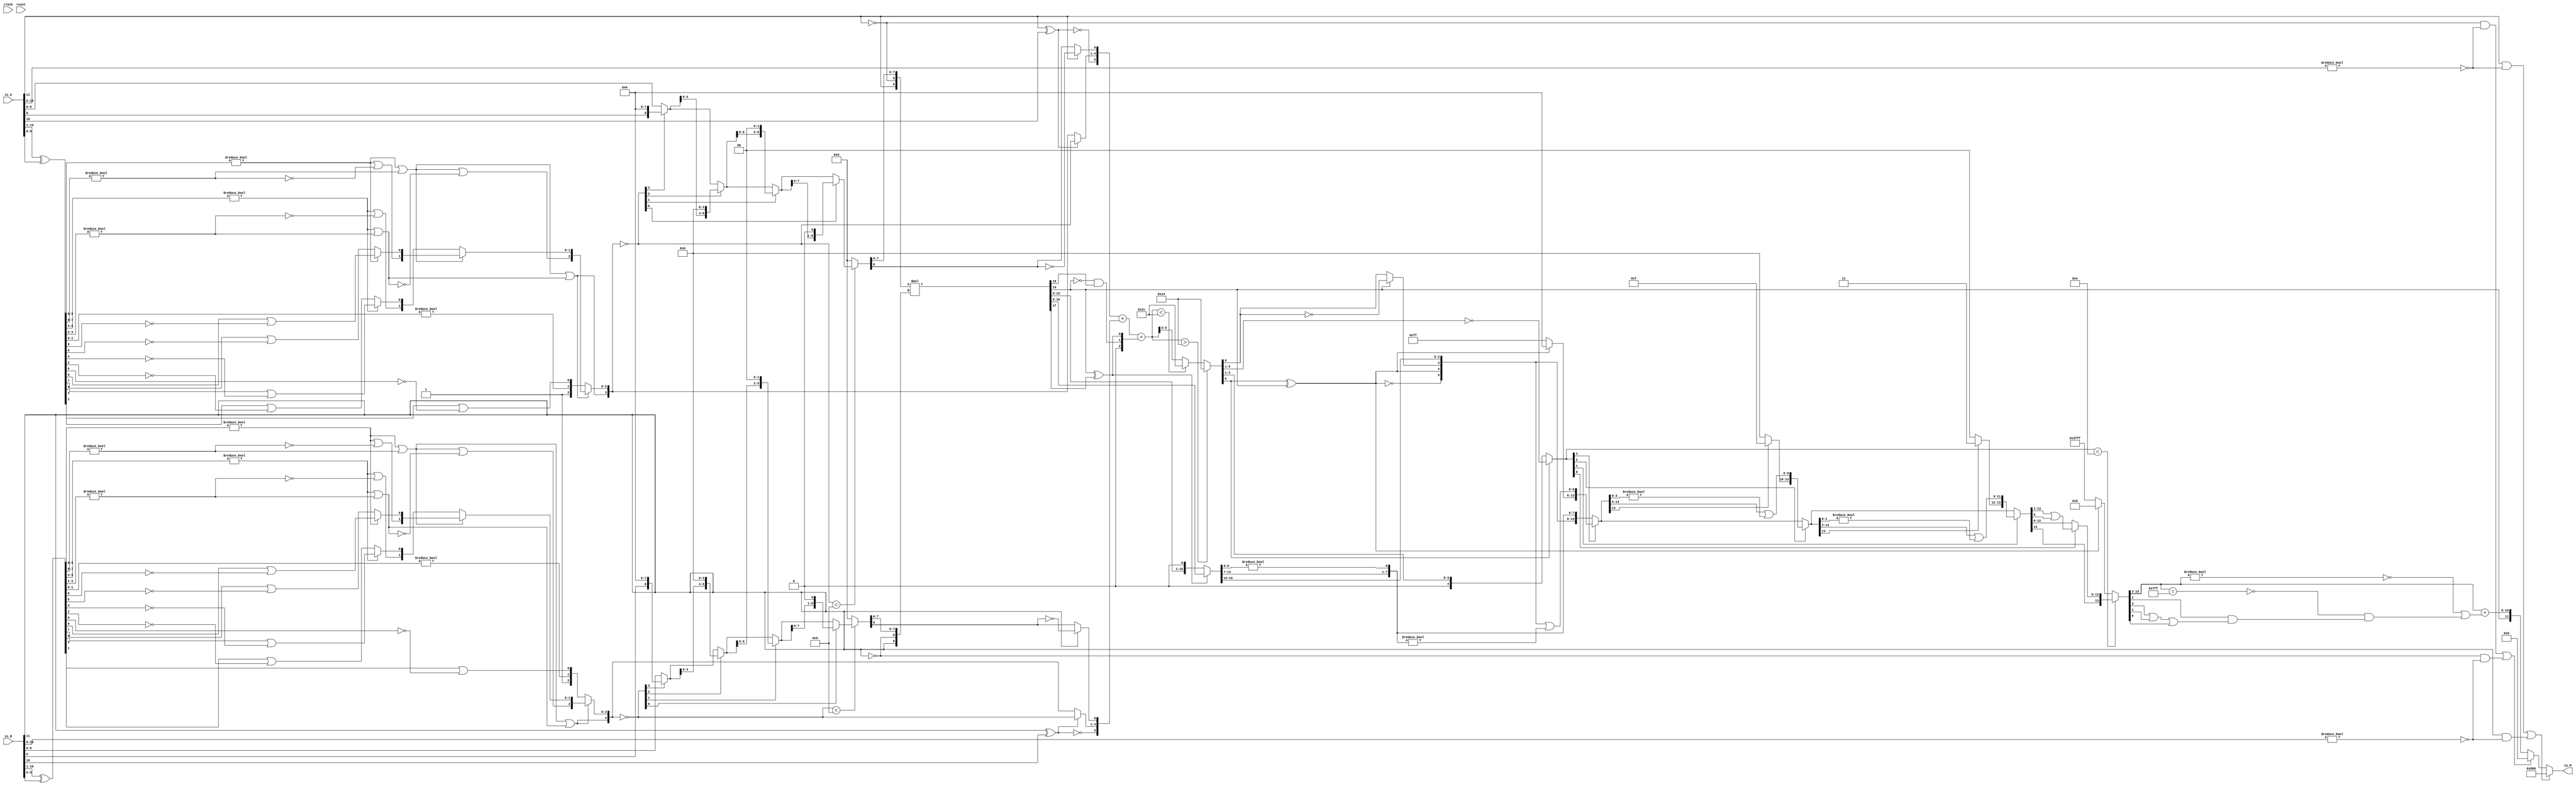
module PositMultiplier12_1(
  input         clock,
  input         reset,
  input  [11:0] io_A,
  input  [11:0] io_B,
  output [11:0] io_M
);
  wire  _T_1; // @[convert.scala 18:24]
  wire  _T_2; // @[convert.scala 18:40]
  wire  _T_3; // @[convert.scala 18:36]
  wire [9:0] _T_4; // @[convert.scala 19:24]
  wire [9:0] _T_5; // @[convert.scala 19:43]
  wire [9:0] _T_6; // @[convert.scala 19:39]
  wire [7:0] _T_7; // @[LZD.scala 43:32]
  wire [3:0] _T_8; // @[LZD.scala 43:32]
  wire [1:0] _T_9; // @[LZD.scala 43:32]
  wire  _T_10; // @[LZD.scala 39:14]
  wire  _T_11; // @[LZD.scala 39:21]
  wire  _T_12; // @[LZD.scala 39:30]
  wire  _T_13; // @[LZD.scala 39:27]
  wire  _T_14; // @[LZD.scala 39:25]
  wire [1:0] _T_15; // @[Cat.scala 29:58]
  wire [1:0] _T_16; // @[LZD.scala 44:32]
  wire  _T_17; // @[LZD.scala 39:14]
  wire  _T_18; // @[LZD.scala 39:21]
  wire  _T_19; // @[LZD.scala 39:30]
  wire  _T_20; // @[LZD.scala 39:27]
  wire  _T_21; // @[LZD.scala 39:25]
  wire [1:0] _T_22; // @[Cat.scala 29:58]
  wire  _T_23; // @[Shift.scala 12:21]
  wire  _T_24; // @[Shift.scala 12:21]
  wire  _T_25; // @[LZD.scala 49:16]
  wire  _T_26; // @[LZD.scala 49:27]
  wire  _T_27; // @[LZD.scala 49:25]
  wire  _T_28; // @[LZD.scala 49:47]
  wire  _T_29; // @[LZD.scala 49:59]
  wire  _T_30; // @[LZD.scala 49:35]
  wire [2:0] _T_32; // @[Cat.scala 29:58]
  wire [3:0] _T_33; // @[LZD.scala 44:32]
  wire [1:0] _T_34; // @[LZD.scala 43:32]
  wire  _T_35; // @[LZD.scala 39:14]
  wire  _T_36; // @[LZD.scala 39:21]
  wire  _T_37; // @[LZD.scala 39:30]
  wire  _T_38; // @[LZD.scala 39:27]
  wire  _T_39; // @[LZD.scala 39:25]
  wire [1:0] _T_40; // @[Cat.scala 29:58]
  wire [1:0] _T_41; // @[LZD.scala 44:32]
  wire  _T_42; // @[LZD.scala 39:14]
  wire  _T_43; // @[LZD.scala 39:21]
  wire  _T_44; // @[LZD.scala 39:30]
  wire  _T_45; // @[LZD.scala 39:27]
  wire  _T_46; // @[LZD.scala 39:25]
  wire [1:0] _T_47; // @[Cat.scala 29:58]
  wire  _T_48; // @[Shift.scala 12:21]
  wire  _T_49; // @[Shift.scala 12:21]
  wire  _T_50; // @[LZD.scala 49:16]
  wire  _T_51; // @[LZD.scala 49:27]
  wire  _T_52; // @[LZD.scala 49:25]
  wire  _T_53; // @[LZD.scala 49:47]
  wire  _T_54; // @[LZD.scala 49:59]
  wire  _T_55; // @[LZD.scala 49:35]
  wire [2:0] _T_57; // @[Cat.scala 29:58]
  wire  _T_58; // @[Shift.scala 12:21]
  wire  _T_59; // @[Shift.scala 12:21]
  wire  _T_60; // @[LZD.scala 49:16]
  wire  _T_61; // @[LZD.scala 49:27]
  wire  _T_62; // @[LZD.scala 49:25]
  wire [1:0] _T_63; // @[LZD.scala 49:47]
  wire [1:0] _T_64; // @[LZD.scala 49:59]
  wire [1:0] _T_65; // @[LZD.scala 49:35]
  wire [3:0] _T_67; // @[Cat.scala 29:58]
  wire [1:0] _T_68; // @[LZD.scala 44:32]
  wire  _T_69; // @[LZD.scala 39:14]
  wire  _T_70; // @[LZD.scala 39:21]
  wire  _T_71; // @[LZD.scala 39:30]
  wire  _T_72; // @[LZD.scala 39:27]
  wire  _T_73; // @[LZD.scala 39:25]
  wire  _T_75; // @[Shift.scala 12:21]
  wire [2:0] _T_77; // @[Cat.scala 29:58]
  wire [2:0] _T_78; // @[LZD.scala 55:32]
  wire [2:0] _T_79; // @[LZD.scala 55:20]
  wire [3:0] _T_80; // @[Cat.scala 29:58]
  wire [3:0] _T_81; // @[convert.scala 21:22]
  wire [8:0] _T_82; // @[convert.scala 22:36]
  wire  _T_83; // @[Shift.scala 16:24]
  wire  _T_85; // @[Shift.scala 12:21]
  wire  _T_86; // @[Shift.scala 64:52]
  wire [8:0] _T_88; // @[Cat.scala 29:58]
  wire [8:0] _T_89; // @[Shift.scala 64:27]
  wire [2:0] _T_90; // @[Shift.scala 66:70]
  wire  _T_91; // @[Shift.scala 12:21]
  wire [4:0] _T_92; // @[Shift.scala 64:52]
  wire [8:0] _T_94; // @[Cat.scala 29:58]
  wire [8:0] _T_95; // @[Shift.scala 64:27]
  wire [1:0] _T_96; // @[Shift.scala 66:70]
  wire  _T_97; // @[Shift.scala 12:21]
  wire [6:0] _T_98; // @[Shift.scala 64:52]
  wire [8:0] _T_100; // @[Cat.scala 29:58]
  wire [8:0] _T_101; // @[Shift.scala 64:27]
  wire  _T_102; // @[Shift.scala 66:70]
  wire [7:0] _T_104; // @[Shift.scala 64:52]
  wire [8:0] _T_105; // @[Cat.scala 29:58]
  wire [8:0] _T_106; // @[Shift.scala 64:27]
  wire [8:0] _T_107; // @[Shift.scala 16:10]
  wire  _T_108; // @[convert.scala 23:34]
  wire [7:0] decA_fraction; // @[convert.scala 24:34]
  wire  _T_110; // @[convert.scala 25:26]
  wire [3:0] _T_112; // @[convert.scala 25:42]
  wire  _T_115; // @[convert.scala 26:67]
  wire  _T_116; // @[convert.scala 26:51]
  wire [5:0] _T_117; // @[Cat.scala 29:58]
  wire [10:0] _T_119; // @[convert.scala 29:56]
  wire  _T_120; // @[convert.scala 29:60]
  wire  _T_121; // @[convert.scala 29:41]
  wire  decA_isNaR; // @[convert.scala 29:39]
  wire  _T_124; // @[convert.scala 30:19]
  wire  decA_isZero; // @[convert.scala 30:41]
  wire [5:0] decA_scale; // @[convert.scala 32:24]
  wire  _T_133; // @[convert.scala 18:24]
  wire  _T_134; // @[convert.scala 18:40]
  wire  _T_135; // @[convert.scala 18:36]
  wire [9:0] _T_136; // @[convert.scala 19:24]
  wire [9:0] _T_137; // @[convert.scala 19:43]
  wire [9:0] _T_138; // @[convert.scala 19:39]
  wire [7:0] _T_139; // @[LZD.scala 43:32]
  wire [3:0] _T_140; // @[LZD.scala 43:32]
  wire [1:0] _T_141; // @[LZD.scala 43:32]
  wire  _T_142; // @[LZD.scala 39:14]
  wire  _T_143; // @[LZD.scala 39:21]
  wire  _T_144; // @[LZD.scala 39:30]
  wire  _T_145; // @[LZD.scala 39:27]
  wire  _T_146; // @[LZD.scala 39:25]
  wire [1:0] _T_147; // @[Cat.scala 29:58]
  wire [1:0] _T_148; // @[LZD.scala 44:32]
  wire  _T_149; // @[LZD.scala 39:14]
  wire  _T_150; // @[LZD.scala 39:21]
  wire  _T_151; // @[LZD.scala 39:30]
  wire  _T_152; // @[LZD.scala 39:27]
  wire  _T_153; // @[LZD.scala 39:25]
  wire [1:0] _T_154; // @[Cat.scala 29:58]
  wire  _T_155; // @[Shift.scala 12:21]
  wire  _T_156; // @[Shift.scala 12:21]
  wire  _T_157; // @[LZD.scala 49:16]
  wire  _T_158; // @[LZD.scala 49:27]
  wire  _T_159; // @[LZD.scala 49:25]
  wire  _T_160; // @[LZD.scala 49:47]
  wire  _T_161; // @[LZD.scala 49:59]
  wire  _T_162; // @[LZD.scala 49:35]
  wire [2:0] _T_164; // @[Cat.scala 29:58]
  wire [3:0] _T_165; // @[LZD.scala 44:32]
  wire [1:0] _T_166; // @[LZD.scala 43:32]
  wire  _T_167; // @[LZD.scala 39:14]
  wire  _T_168; // @[LZD.scala 39:21]
  wire  _T_169; // @[LZD.scala 39:30]
  wire  _T_170; // @[LZD.scala 39:27]
  wire  _T_171; // @[LZD.scala 39:25]
  wire [1:0] _T_172; // @[Cat.scala 29:58]
  wire [1:0] _T_173; // @[LZD.scala 44:32]
  wire  _T_174; // @[LZD.scala 39:14]
  wire  _T_175; // @[LZD.scala 39:21]
  wire  _T_176; // @[LZD.scala 39:30]
  wire  _T_177; // @[LZD.scala 39:27]
  wire  _T_178; // @[LZD.scala 39:25]
  wire [1:0] _T_179; // @[Cat.scala 29:58]
  wire  _T_180; // @[Shift.scala 12:21]
  wire  _T_181; // @[Shift.scala 12:21]
  wire  _T_182; // @[LZD.scala 49:16]
  wire  _T_183; // @[LZD.scala 49:27]
  wire  _T_184; // @[LZD.scala 49:25]
  wire  _T_185; // @[LZD.scala 49:47]
  wire  _T_186; // @[LZD.scala 49:59]
  wire  _T_187; // @[LZD.scala 49:35]
  wire [2:0] _T_189; // @[Cat.scala 29:58]
  wire  _T_190; // @[Shift.scala 12:21]
  wire  _T_191; // @[Shift.scala 12:21]
  wire  _T_192; // @[LZD.scala 49:16]
  wire  _T_193; // @[LZD.scala 49:27]
  wire  _T_194; // @[LZD.scala 49:25]
  wire [1:0] _T_195; // @[LZD.scala 49:47]
  wire [1:0] _T_196; // @[LZD.scala 49:59]
  wire [1:0] _T_197; // @[LZD.scala 49:35]
  wire [3:0] _T_199; // @[Cat.scala 29:58]
  wire [1:0] _T_200; // @[LZD.scala 44:32]
  wire  _T_201; // @[LZD.scala 39:14]
  wire  _T_202; // @[LZD.scala 39:21]
  wire  _T_203; // @[LZD.scala 39:30]
  wire  _T_204; // @[LZD.scala 39:27]
  wire  _T_205; // @[LZD.scala 39:25]
  wire  _T_207; // @[Shift.scala 12:21]
  wire [2:0] _T_209; // @[Cat.scala 29:58]
  wire [2:0] _T_210; // @[LZD.scala 55:32]
  wire [2:0] _T_211; // @[LZD.scala 55:20]
  wire [3:0] _T_212; // @[Cat.scala 29:58]
  wire [3:0] _T_213; // @[convert.scala 21:22]
  wire [8:0] _T_214; // @[convert.scala 22:36]
  wire  _T_215; // @[Shift.scala 16:24]
  wire  _T_217; // @[Shift.scala 12:21]
  wire  _T_218; // @[Shift.scala 64:52]
  wire [8:0] _T_220; // @[Cat.scala 29:58]
  wire [8:0] _T_221; // @[Shift.scala 64:27]
  wire [2:0] _T_222; // @[Shift.scala 66:70]
  wire  _T_223; // @[Shift.scala 12:21]
  wire [4:0] _T_224; // @[Shift.scala 64:52]
  wire [8:0] _T_226; // @[Cat.scala 29:58]
  wire [8:0] _T_227; // @[Shift.scala 64:27]
  wire [1:0] _T_228; // @[Shift.scala 66:70]
  wire  _T_229; // @[Shift.scala 12:21]
  wire [6:0] _T_230; // @[Shift.scala 64:52]
  wire [8:0] _T_232; // @[Cat.scala 29:58]
  wire [8:0] _T_233; // @[Shift.scala 64:27]
  wire  _T_234; // @[Shift.scala 66:70]
  wire [7:0] _T_236; // @[Shift.scala 64:52]
  wire [8:0] _T_237; // @[Cat.scala 29:58]
  wire [8:0] _T_238; // @[Shift.scala 64:27]
  wire [8:0] _T_239; // @[Shift.scala 16:10]
  wire  _T_240; // @[convert.scala 23:34]
  wire [7:0] decB_fraction; // @[convert.scala 24:34]
  wire  _T_242; // @[convert.scala 25:26]
  wire [3:0] _T_244; // @[convert.scala 25:42]
  wire  _T_247; // @[convert.scala 26:67]
  wire  _T_248; // @[convert.scala 26:51]
  wire [5:0] _T_249; // @[Cat.scala 29:58]
  wire [10:0] _T_251; // @[convert.scala 29:56]
  wire  _T_252; // @[convert.scala 29:60]
  wire  _T_253; // @[convert.scala 29:41]
  wire  decB_isNaR; // @[convert.scala 29:39]
  wire  _T_256; // @[convert.scala 30:19]
  wire  decB_isZero; // @[convert.scala 30:41]
  wire [5:0] decB_scale; // @[convert.scala 32:24]
  wire  _T_264; // @[PositMultiplier.scala 43:34]
  wire [9:0] _T_266; // @[Cat.scala 29:58]
  wire [9:0] sigA; // @[PositMultiplier.scala 43:61]
  wire  _T_267; // @[PositMultiplier.scala 44:34]
  wire [9:0] _T_269; // @[Cat.scala 29:58]
  wire [9:0] sigB; // @[PositMultiplier.scala 44:61]
  wire [19:0] _T_270; // @[PositMultiplier.scala 45:25]
  wire [19:0] sigP; // @[PositMultiplier.scala 45:33]
  wire [1:0] head2; // @[PositMultiplier.scala 46:28]
  wire  _T_271; // @[PositMultiplier.scala 47:31]
  wire  _T_272; // @[PositMultiplier.scala 47:25]
  wire  _T_273; // @[PositMultiplier.scala 47:42]
  wire  addTwo; // @[PositMultiplier.scala 47:35]
  wire  _T_274; // @[PositMultiplier.scala 49:23]
  wire  _T_275; // @[PositMultiplier.scala 49:49]
  wire  addOne; // @[PositMultiplier.scala 49:43]
  wire [1:0] _T_276; // @[Cat.scala 29:58]
  wire [2:0] expBias; // @[PositMultiplier.scala 50:39]
  wire [16:0] _T_277; // @[PositMultiplier.scala 53:81]
  wire [15:0] _T_278; // @[PositMultiplier.scala 54:81]
  wire [16:0] _T_279; // @[PositMultiplier.scala 54:104]
  wire [16:0] frac; // @[PositMultiplier.scala 51:22]
  wire [6:0] _T_280; // @[PositMultiplier.scala 56:30]
  wire [6:0] _GEN_0; // @[PositMultiplier.scala 56:44]
  wire [6:0] _T_282; // @[PositMultiplier.scala 56:44]
  wire [6:0] mulScale; // @[PositMultiplier.scala 56:44]
  wire  underflow; // @[PositMultiplier.scala 57:28]
  wire  overflow; // @[PositMultiplier.scala 58:28]
  wire  decM_sign; // @[PositMultiplier.scala 62:29]
  wire [6:0] _T_285; // @[Mux.scala 87:16]
  wire [6:0] _T_286; // @[Mux.scala 87:16]
  wire [7:0] decM_fraction; // @[PositMultiplier.scala 70:29]
  wire  decM_isNaR; // @[PositMultiplier.scala 71:31]
  wire  decM_isZero; // @[PositMultiplier.scala 72:32]
  wire [8:0] grsTmp; // @[PositMultiplier.scala 75:30]
  wire [1:0] _T_290; // @[PositMultiplier.scala 78:32]
  wire [6:0] _T_291; // @[PositMultiplier.scala 78:48]
  wire  _T_292; // @[PositMultiplier.scala 78:52]
  wire [5:0] _GEN_1; // @[PositMultiplier.scala 60:23 PositMultiplier.scala 63:17]
  wire [5:0] decM_scale; // @[PositMultiplier.scala 60:23 PositMultiplier.scala 63:17]
  wire  _T_295; // @[convert.scala 46:61]
  wire  _T_296; // @[convert.scala 46:52]
  wire  _T_298; // @[convert.scala 46:42]
  wire [4:0] _T_299; // @[convert.scala 48:34]
  wire  _T_300; // @[convert.scala 49:36]
  wire [4:0] _T_302; // @[convert.scala 50:36]
  wire [4:0] _T_303; // @[convert.scala 50:36]
  wire [4:0] _T_304; // @[convert.scala 50:28]
  wire  _T_305; // @[convert.scala 51:31]
  wire  _T_306; // @[convert.scala 52:43]
  wire [13:0] _T_310; // @[Cat.scala 29:58]
  wire [4:0] _T_311; // @[Shift.scala 39:17]
  wire  _T_312; // @[Shift.scala 39:24]
  wire [3:0] _T_313; // @[Shift.scala 40:44]
  wire [5:0] _T_314; // @[Shift.scala 90:30]
  wire [7:0] _T_315; // @[Shift.scala 90:48]
  wire  _T_316; // @[Shift.scala 90:57]
  wire [5:0] _GEN_2; // @[Shift.scala 90:39]
  wire [5:0] _T_317; // @[Shift.scala 90:39]
  wire  _T_318; // @[Shift.scala 12:21]
  wire  _T_319; // @[Shift.scala 12:21]
  wire [7:0] _T_321; // @[Bitwise.scala 71:12]
  wire [13:0] _T_322; // @[Cat.scala 29:58]
  wire [13:0] _T_323; // @[Shift.scala 91:22]
  wire [2:0] _T_324; // @[Shift.scala 92:77]
  wire [9:0] _T_325; // @[Shift.scala 90:30]
  wire [3:0] _T_326; // @[Shift.scala 90:48]
  wire  _T_327; // @[Shift.scala 90:57]
  wire [9:0] _GEN_3; // @[Shift.scala 90:39]
  wire [9:0] _T_328; // @[Shift.scala 90:39]
  wire  _T_329; // @[Shift.scala 12:21]
  wire  _T_330; // @[Shift.scala 12:21]
  wire [3:0] _T_332; // @[Bitwise.scala 71:12]
  wire [13:0] _T_333; // @[Cat.scala 29:58]
  wire [13:0] _T_334; // @[Shift.scala 91:22]
  wire [1:0] _T_335; // @[Shift.scala 92:77]
  wire [11:0] _T_336; // @[Shift.scala 90:30]
  wire [1:0] _T_337; // @[Shift.scala 90:48]
  wire  _T_338; // @[Shift.scala 90:57]
  wire [11:0] _GEN_4; // @[Shift.scala 90:39]
  wire [11:0] _T_339; // @[Shift.scala 90:39]
  wire  _T_340; // @[Shift.scala 12:21]
  wire  _T_341; // @[Shift.scala 12:21]
  wire [1:0] _T_343; // @[Bitwise.scala 71:12]
  wire [13:0] _T_344; // @[Cat.scala 29:58]
  wire [13:0] _T_345; // @[Shift.scala 91:22]
  wire  _T_346; // @[Shift.scala 92:77]
  wire [12:0] _T_347; // @[Shift.scala 90:30]
  wire  _T_348; // @[Shift.scala 90:48]
  wire [12:0] _GEN_5; // @[Shift.scala 90:39]
  wire [12:0] _T_350; // @[Shift.scala 90:39]
  wire  _T_352; // @[Shift.scala 12:21]
  wire [13:0] _T_353; // @[Cat.scala 29:58]
  wire [13:0] _T_354; // @[Shift.scala 91:22]
  wire [13:0] _T_357; // @[Bitwise.scala 71:12]
  wire [13:0] _T_358; // @[Shift.scala 39:10]
  wire  _T_359; // @[convert.scala 55:31]
  wire  _T_360; // @[convert.scala 56:31]
  wire  _T_361; // @[convert.scala 57:31]
  wire  _T_362; // @[convert.scala 58:31]
  wire [10:0] _T_363; // @[convert.scala 59:69]
  wire  _T_364; // @[convert.scala 59:81]
  wire  _T_365; // @[convert.scala 59:50]
  wire  _T_367; // @[convert.scala 60:81]
  wire  _T_368; // @[convert.scala 61:44]
  wire  _T_369; // @[convert.scala 61:52]
  wire  _T_370; // @[convert.scala 61:36]
  wire  _T_371; // @[convert.scala 62:63]
  wire  _T_372; // @[convert.scala 62:103]
  wire  _T_373; // @[convert.scala 62:60]
  wire [10:0] _GEN_6; // @[convert.scala 63:56]
  wire [10:0] _T_376; // @[convert.scala 63:56]
  wire [11:0] _T_377; // @[Cat.scala 29:58]
  wire [11:0] _T_379; // @[Mux.scala 87:16]
  assign _T_1 = io_A[11]; // @[convert.scala 18:24]
  assign _T_2 = io_A[10]; // @[convert.scala 18:40]
  assign _T_3 = _T_1 ^ _T_2; // @[convert.scala 18:36]
  assign _T_4 = io_A[10:1]; // @[convert.scala 19:24]
  assign _T_5 = io_A[9:0]; // @[convert.scala 19:43]
  assign _T_6 = _T_4 ^ _T_5; // @[convert.scala 19:39]
  assign _T_7 = _T_6[9:2]; // @[LZD.scala 43:32]
  assign _T_8 = _T_7[7:4]; // @[LZD.scala 43:32]
  assign _T_9 = _T_8[3:2]; // @[LZD.scala 43:32]
  assign _T_10 = _T_9 != 2'h0; // @[LZD.scala 39:14]
  assign _T_11 = _T_9[1]; // @[LZD.scala 39:21]
  assign _T_12 = _T_9[0]; // @[LZD.scala 39:30]
  assign _T_13 = ~ _T_12; // @[LZD.scala 39:27]
  assign _T_14 = _T_11 | _T_13; // @[LZD.scala 39:25]
  assign _T_15 = {_T_10,_T_14}; // @[Cat.scala 29:58]
  assign _T_16 = _T_8[1:0]; // @[LZD.scala 44:32]
  assign _T_17 = _T_16 != 2'h0; // @[LZD.scala 39:14]
  assign _T_18 = _T_16[1]; // @[LZD.scala 39:21]
  assign _T_19 = _T_16[0]; // @[LZD.scala 39:30]
  assign _T_20 = ~ _T_19; // @[LZD.scala 39:27]
  assign _T_21 = _T_18 | _T_20; // @[LZD.scala 39:25]
  assign _T_22 = {_T_17,_T_21}; // @[Cat.scala 29:58]
  assign _T_23 = _T_15[1]; // @[Shift.scala 12:21]
  assign _T_24 = _T_22[1]; // @[Shift.scala 12:21]
  assign _T_25 = _T_23 | _T_24; // @[LZD.scala 49:16]
  assign _T_26 = ~ _T_24; // @[LZD.scala 49:27]
  assign _T_27 = _T_23 | _T_26; // @[LZD.scala 49:25]
  assign _T_28 = _T_15[0:0]; // @[LZD.scala 49:47]
  assign _T_29 = _T_22[0:0]; // @[LZD.scala 49:59]
  assign _T_30 = _T_23 ? _T_28 : _T_29; // @[LZD.scala 49:35]
  assign _T_32 = {_T_25,_T_27,_T_30}; // @[Cat.scala 29:58]
  assign _T_33 = _T_7[3:0]; // @[LZD.scala 44:32]
  assign _T_34 = _T_33[3:2]; // @[LZD.scala 43:32]
  assign _T_35 = _T_34 != 2'h0; // @[LZD.scala 39:14]
  assign _T_36 = _T_34[1]; // @[LZD.scala 39:21]
  assign _T_37 = _T_34[0]; // @[LZD.scala 39:30]
  assign _T_38 = ~ _T_37; // @[LZD.scala 39:27]
  assign _T_39 = _T_36 | _T_38; // @[LZD.scala 39:25]
  assign _T_40 = {_T_35,_T_39}; // @[Cat.scala 29:58]
  assign _T_41 = _T_33[1:0]; // @[LZD.scala 44:32]
  assign _T_42 = _T_41 != 2'h0; // @[LZD.scala 39:14]
  assign _T_43 = _T_41[1]; // @[LZD.scala 39:21]
  assign _T_44 = _T_41[0]; // @[LZD.scala 39:30]
  assign _T_45 = ~ _T_44; // @[LZD.scala 39:27]
  assign _T_46 = _T_43 | _T_45; // @[LZD.scala 39:25]
  assign _T_47 = {_T_42,_T_46}; // @[Cat.scala 29:58]
  assign _T_48 = _T_40[1]; // @[Shift.scala 12:21]
  assign _T_49 = _T_47[1]; // @[Shift.scala 12:21]
  assign _T_50 = _T_48 | _T_49; // @[LZD.scala 49:16]
  assign _T_51 = ~ _T_49; // @[LZD.scala 49:27]
  assign _T_52 = _T_48 | _T_51; // @[LZD.scala 49:25]
  assign _T_53 = _T_40[0:0]; // @[LZD.scala 49:47]
  assign _T_54 = _T_47[0:0]; // @[LZD.scala 49:59]
  assign _T_55 = _T_48 ? _T_53 : _T_54; // @[LZD.scala 49:35]
  assign _T_57 = {_T_50,_T_52,_T_55}; // @[Cat.scala 29:58]
  assign _T_58 = _T_32[2]; // @[Shift.scala 12:21]
  assign _T_59 = _T_57[2]; // @[Shift.scala 12:21]
  assign _T_60 = _T_58 | _T_59; // @[LZD.scala 49:16]
  assign _T_61 = ~ _T_59; // @[LZD.scala 49:27]
  assign _T_62 = _T_58 | _T_61; // @[LZD.scala 49:25]
  assign _T_63 = _T_32[1:0]; // @[LZD.scala 49:47]
  assign _T_64 = _T_57[1:0]; // @[LZD.scala 49:59]
  assign _T_65 = _T_58 ? _T_63 : _T_64; // @[LZD.scala 49:35]
  assign _T_67 = {_T_60,_T_62,_T_65}; // @[Cat.scala 29:58]
  assign _T_68 = _T_6[1:0]; // @[LZD.scala 44:32]
  assign _T_69 = _T_68 != 2'h0; // @[LZD.scala 39:14]
  assign _T_70 = _T_68[1]; // @[LZD.scala 39:21]
  assign _T_71 = _T_68[0]; // @[LZD.scala 39:30]
  assign _T_72 = ~ _T_71; // @[LZD.scala 39:27]
  assign _T_73 = _T_70 | _T_72; // @[LZD.scala 39:25]
  assign _T_75 = _T_67[3]; // @[Shift.scala 12:21]
  assign _T_77 = {1'h1,_T_69,_T_73}; // @[Cat.scala 29:58]
  assign _T_78 = _T_67[2:0]; // @[LZD.scala 55:32]
  assign _T_79 = _T_75 ? _T_78 : _T_77; // @[LZD.scala 55:20]
  assign _T_80 = {_T_75,_T_79}; // @[Cat.scala 29:58]
  assign _T_81 = ~ _T_80; // @[convert.scala 21:22]
  assign _T_82 = io_A[8:0]; // @[convert.scala 22:36]
  assign _T_83 = _T_81 < 4'h9; // @[Shift.scala 16:24]
  assign _T_85 = _T_81[3]; // @[Shift.scala 12:21]
  assign _T_86 = _T_82[0:0]; // @[Shift.scala 64:52]
  assign _T_88 = {_T_86,8'h0}; // @[Cat.scala 29:58]
  assign _T_89 = _T_85 ? _T_88 : _T_82; // @[Shift.scala 64:27]
  assign _T_90 = _T_81[2:0]; // @[Shift.scala 66:70]
  assign _T_91 = _T_90[2]; // @[Shift.scala 12:21]
  assign _T_92 = _T_89[4:0]; // @[Shift.scala 64:52]
  assign _T_94 = {_T_92,4'h0}; // @[Cat.scala 29:58]
  assign _T_95 = _T_91 ? _T_94 : _T_89; // @[Shift.scala 64:27]
  assign _T_96 = _T_90[1:0]; // @[Shift.scala 66:70]
  assign _T_97 = _T_96[1]; // @[Shift.scala 12:21]
  assign _T_98 = _T_95[6:0]; // @[Shift.scala 64:52]
  assign _T_100 = {_T_98,2'h0}; // @[Cat.scala 29:58]
  assign _T_101 = _T_97 ? _T_100 : _T_95; // @[Shift.scala 64:27]
  assign _T_102 = _T_96[0:0]; // @[Shift.scala 66:70]
  assign _T_104 = _T_101[7:0]; // @[Shift.scala 64:52]
  assign _T_105 = {_T_104,1'h0}; // @[Cat.scala 29:58]
  assign _T_106 = _T_102 ? _T_105 : _T_101; // @[Shift.scala 64:27]
  assign _T_107 = _T_83 ? _T_106 : 9'h0; // @[Shift.scala 16:10]
  assign _T_108 = _T_107[8:8]; // @[convert.scala 23:34]
  assign decA_fraction = _T_107[7:0]; // @[convert.scala 24:34]
  assign _T_110 = _T_3 == 1'h0; // @[convert.scala 25:26]
  assign _T_112 = _T_3 ? _T_81 : _T_80; // @[convert.scala 25:42]
  assign _T_115 = ~ _T_108; // @[convert.scala 26:67]
  assign _T_116 = _T_1 ? _T_115 : _T_108; // @[convert.scala 26:51]
  assign _T_117 = {_T_110,_T_112,_T_116}; // @[Cat.scala 29:58]
  assign _T_119 = io_A[10:0]; // @[convert.scala 29:56]
  assign _T_120 = _T_119 != 11'h0; // @[convert.scala 29:60]
  assign _T_121 = ~ _T_120; // @[convert.scala 29:41]
  assign decA_isNaR = _T_1 & _T_121; // @[convert.scala 29:39]
  assign _T_124 = _T_1 == 1'h0; // @[convert.scala 30:19]
  assign decA_isZero = _T_124 & _T_121; // @[convert.scala 30:41]
  assign decA_scale = $signed(_T_117); // @[convert.scala 32:24]
  assign _T_133 = io_B[11]; // @[convert.scala 18:24]
  assign _T_134 = io_B[10]; // @[convert.scala 18:40]
  assign _T_135 = _T_133 ^ _T_134; // @[convert.scala 18:36]
  assign _T_136 = io_B[10:1]; // @[convert.scala 19:24]
  assign _T_137 = io_B[9:0]; // @[convert.scala 19:43]
  assign _T_138 = _T_136 ^ _T_137; // @[convert.scala 19:39]
  assign _T_139 = _T_138[9:2]; // @[LZD.scala 43:32]
  assign _T_140 = _T_139[7:4]; // @[LZD.scala 43:32]
  assign _T_141 = _T_140[3:2]; // @[LZD.scala 43:32]
  assign _T_142 = _T_141 != 2'h0; // @[LZD.scala 39:14]
  assign _T_143 = _T_141[1]; // @[LZD.scala 39:21]
  assign _T_144 = _T_141[0]; // @[LZD.scala 39:30]
  assign _T_145 = ~ _T_144; // @[LZD.scala 39:27]
  assign _T_146 = _T_143 | _T_145; // @[LZD.scala 39:25]
  assign _T_147 = {_T_142,_T_146}; // @[Cat.scala 29:58]
  assign _T_148 = _T_140[1:0]; // @[LZD.scala 44:32]
  assign _T_149 = _T_148 != 2'h0; // @[LZD.scala 39:14]
  assign _T_150 = _T_148[1]; // @[LZD.scala 39:21]
  assign _T_151 = _T_148[0]; // @[LZD.scala 39:30]
  assign _T_152 = ~ _T_151; // @[LZD.scala 39:27]
  assign _T_153 = _T_150 | _T_152; // @[LZD.scala 39:25]
  assign _T_154 = {_T_149,_T_153}; // @[Cat.scala 29:58]
  assign _T_155 = _T_147[1]; // @[Shift.scala 12:21]
  assign _T_156 = _T_154[1]; // @[Shift.scala 12:21]
  assign _T_157 = _T_155 | _T_156; // @[LZD.scala 49:16]
  assign _T_158 = ~ _T_156; // @[LZD.scala 49:27]
  assign _T_159 = _T_155 | _T_158; // @[LZD.scala 49:25]
  assign _T_160 = _T_147[0:0]; // @[LZD.scala 49:47]
  assign _T_161 = _T_154[0:0]; // @[LZD.scala 49:59]
  assign _T_162 = _T_155 ? _T_160 : _T_161; // @[LZD.scala 49:35]
  assign _T_164 = {_T_157,_T_159,_T_162}; // @[Cat.scala 29:58]
  assign _T_165 = _T_139[3:0]; // @[LZD.scala 44:32]
  assign _T_166 = _T_165[3:2]; // @[LZD.scala 43:32]
  assign _T_167 = _T_166 != 2'h0; // @[LZD.scala 39:14]
  assign _T_168 = _T_166[1]; // @[LZD.scala 39:21]
  assign _T_169 = _T_166[0]; // @[LZD.scala 39:30]
  assign _T_170 = ~ _T_169; // @[LZD.scala 39:27]
  assign _T_171 = _T_168 | _T_170; // @[LZD.scala 39:25]
  assign _T_172 = {_T_167,_T_171}; // @[Cat.scala 29:58]
  assign _T_173 = _T_165[1:0]; // @[LZD.scala 44:32]
  assign _T_174 = _T_173 != 2'h0; // @[LZD.scala 39:14]
  assign _T_175 = _T_173[1]; // @[LZD.scala 39:21]
  assign _T_176 = _T_173[0]; // @[LZD.scala 39:30]
  assign _T_177 = ~ _T_176; // @[LZD.scala 39:27]
  assign _T_178 = _T_175 | _T_177; // @[LZD.scala 39:25]
  assign _T_179 = {_T_174,_T_178}; // @[Cat.scala 29:58]
  assign _T_180 = _T_172[1]; // @[Shift.scala 12:21]
  assign _T_181 = _T_179[1]; // @[Shift.scala 12:21]
  assign _T_182 = _T_180 | _T_181; // @[LZD.scala 49:16]
  assign _T_183 = ~ _T_181; // @[LZD.scala 49:27]
  assign _T_184 = _T_180 | _T_183; // @[LZD.scala 49:25]
  assign _T_185 = _T_172[0:0]; // @[LZD.scala 49:47]
  assign _T_186 = _T_179[0:0]; // @[LZD.scala 49:59]
  assign _T_187 = _T_180 ? _T_185 : _T_186; // @[LZD.scala 49:35]
  assign _T_189 = {_T_182,_T_184,_T_187}; // @[Cat.scala 29:58]
  assign _T_190 = _T_164[2]; // @[Shift.scala 12:21]
  assign _T_191 = _T_189[2]; // @[Shift.scala 12:21]
  assign _T_192 = _T_190 | _T_191; // @[LZD.scala 49:16]
  assign _T_193 = ~ _T_191; // @[LZD.scala 49:27]
  assign _T_194 = _T_190 | _T_193; // @[LZD.scala 49:25]
  assign _T_195 = _T_164[1:0]; // @[LZD.scala 49:47]
  assign _T_196 = _T_189[1:0]; // @[LZD.scala 49:59]
  assign _T_197 = _T_190 ? _T_195 : _T_196; // @[LZD.scala 49:35]
  assign _T_199 = {_T_192,_T_194,_T_197}; // @[Cat.scala 29:58]
  assign _T_200 = _T_138[1:0]; // @[LZD.scala 44:32]
  assign _T_201 = _T_200 != 2'h0; // @[LZD.scala 39:14]
  assign _T_202 = _T_200[1]; // @[LZD.scala 39:21]
  assign _T_203 = _T_200[0]; // @[LZD.scala 39:30]
  assign _T_204 = ~ _T_203; // @[LZD.scala 39:27]
  assign _T_205 = _T_202 | _T_204; // @[LZD.scala 39:25]
  assign _T_207 = _T_199[3]; // @[Shift.scala 12:21]
  assign _T_209 = {1'h1,_T_201,_T_205}; // @[Cat.scala 29:58]
  assign _T_210 = _T_199[2:0]; // @[LZD.scala 55:32]
  assign _T_211 = _T_207 ? _T_210 : _T_209; // @[LZD.scala 55:20]
  assign _T_212 = {_T_207,_T_211}; // @[Cat.scala 29:58]
  assign _T_213 = ~ _T_212; // @[convert.scala 21:22]
  assign _T_214 = io_B[8:0]; // @[convert.scala 22:36]
  assign _T_215 = _T_213 < 4'h9; // @[Shift.scala 16:24]
  assign _T_217 = _T_213[3]; // @[Shift.scala 12:21]
  assign _T_218 = _T_214[0:0]; // @[Shift.scala 64:52]
  assign _T_220 = {_T_218,8'h0}; // @[Cat.scala 29:58]
  assign _T_221 = _T_217 ? _T_220 : _T_214; // @[Shift.scala 64:27]
  assign _T_222 = _T_213[2:0]; // @[Shift.scala 66:70]
  assign _T_223 = _T_222[2]; // @[Shift.scala 12:21]
  assign _T_224 = _T_221[4:0]; // @[Shift.scala 64:52]
  assign _T_226 = {_T_224,4'h0}; // @[Cat.scala 29:58]
  assign _T_227 = _T_223 ? _T_226 : _T_221; // @[Shift.scala 64:27]
  assign _T_228 = _T_222[1:0]; // @[Shift.scala 66:70]
  assign _T_229 = _T_228[1]; // @[Shift.scala 12:21]
  assign _T_230 = _T_227[6:0]; // @[Shift.scala 64:52]
  assign _T_232 = {_T_230,2'h0}; // @[Cat.scala 29:58]
  assign _T_233 = _T_229 ? _T_232 : _T_227; // @[Shift.scala 64:27]
  assign _T_234 = _T_228[0:0]; // @[Shift.scala 66:70]
  assign _T_236 = _T_233[7:0]; // @[Shift.scala 64:52]
  assign _T_237 = {_T_236,1'h0}; // @[Cat.scala 29:58]
  assign _T_238 = _T_234 ? _T_237 : _T_233; // @[Shift.scala 64:27]
  assign _T_239 = _T_215 ? _T_238 : 9'h0; // @[Shift.scala 16:10]
  assign _T_240 = _T_239[8:8]; // @[convert.scala 23:34]
  assign decB_fraction = _T_239[7:0]; // @[convert.scala 24:34]
  assign _T_242 = _T_135 == 1'h0; // @[convert.scala 25:26]
  assign _T_244 = _T_135 ? _T_213 : _T_212; // @[convert.scala 25:42]
  assign _T_247 = ~ _T_240; // @[convert.scala 26:67]
  assign _T_248 = _T_133 ? _T_247 : _T_240; // @[convert.scala 26:51]
  assign _T_249 = {_T_242,_T_244,_T_248}; // @[Cat.scala 29:58]
  assign _T_251 = io_B[10:0]; // @[convert.scala 29:56]
  assign _T_252 = _T_251 != 11'h0; // @[convert.scala 29:60]
  assign _T_253 = ~ _T_252; // @[convert.scala 29:41]
  assign decB_isNaR = _T_133 & _T_253; // @[convert.scala 29:39]
  assign _T_256 = _T_133 == 1'h0; // @[convert.scala 30:19]
  assign decB_isZero = _T_256 & _T_253; // @[convert.scala 30:41]
  assign decB_scale = $signed(_T_249); // @[convert.scala 32:24]
  assign _T_264 = ~ _T_1; // @[PositMultiplier.scala 43:34]
  assign _T_266 = {_T_1,_T_264,decA_fraction}; // @[Cat.scala 29:58]
  assign sigA = $signed(_T_266); // @[PositMultiplier.scala 43:61]
  assign _T_267 = ~ _T_133; // @[PositMultiplier.scala 44:34]
  assign _T_269 = {_T_133,_T_267,decB_fraction}; // @[Cat.scala 29:58]
  assign sigB = $signed(_T_269); // @[PositMultiplier.scala 44:61]
  assign _T_270 = $signed(sigA) * $signed(sigB); // @[PositMultiplier.scala 45:25]
  assign sigP = $unsigned(_T_270); // @[PositMultiplier.scala 45:33]
  assign head2 = sigP[19:18]; // @[PositMultiplier.scala 46:28]
  assign _T_271 = head2[1]; // @[PositMultiplier.scala 47:31]
  assign _T_272 = ~ _T_271; // @[PositMultiplier.scala 47:25]
  assign _T_273 = head2[0]; // @[PositMultiplier.scala 47:42]
  assign addTwo = _T_272 & _T_273; // @[PositMultiplier.scala 47:35]
  assign _T_274 = sigP[19]; // @[PositMultiplier.scala 49:23]
  assign _T_275 = sigP[17]; // @[PositMultiplier.scala 49:49]
  assign addOne = _T_274 ^ _T_275; // @[PositMultiplier.scala 49:43]
  assign _T_276 = {addTwo,addOne}; // @[Cat.scala 29:58]
  assign expBias = {1'b0,$signed(_T_276)}; // @[PositMultiplier.scala 50:39]
  assign _T_277 = sigP[16:0]; // @[PositMultiplier.scala 53:81]
  assign _T_278 = sigP[15:0]; // @[PositMultiplier.scala 54:81]
  assign _T_279 = {_T_278, 1'h0}; // @[PositMultiplier.scala 54:104]
  assign frac = addOne ? _T_277 : _T_279; // @[PositMultiplier.scala 51:22]
  assign _T_280 = $signed(decA_scale) + $signed(decB_scale); // @[PositMultiplier.scala 56:30]
  assign _GEN_0 = {{4{expBias[2]}},expBias}; // @[PositMultiplier.scala 56:44]
  assign _T_282 = $signed(_T_280) + $signed(_GEN_0); // @[PositMultiplier.scala 56:44]
  assign mulScale = $signed(_T_282); // @[PositMultiplier.scala 56:44]
  assign underflow = $signed(mulScale) < $signed(-7'sh14); // @[PositMultiplier.scala 57:28]
  assign overflow = $signed(mulScale) > $signed(7'sh14); // @[PositMultiplier.scala 58:28]
  assign decM_sign = sigP[19:19]; // @[PositMultiplier.scala 62:29]
  assign _T_285 = underflow ? $signed(-7'sh14) : $signed(mulScale); // @[Mux.scala 87:16]
  assign _T_286 = overflow ? $signed(7'sh14) : $signed(_T_285); // @[Mux.scala 87:16]
  assign decM_fraction = frac[16:9]; // @[PositMultiplier.scala 70:29]
  assign decM_isNaR = decA_isNaR | decB_isNaR; // @[PositMultiplier.scala 71:31]
  assign decM_isZero = decA_isZero | decB_isZero; // @[PositMultiplier.scala 72:32]
  assign grsTmp = frac[8:0]; // @[PositMultiplier.scala 75:30]
  assign _T_290 = grsTmp[8:7]; // @[PositMultiplier.scala 78:32]
  assign _T_291 = grsTmp[6:0]; // @[PositMultiplier.scala 78:48]
  assign _T_292 = _T_291 != 7'h0; // @[PositMultiplier.scala 78:52]
  assign _GEN_1 = _T_286[5:0]; // @[PositMultiplier.scala 60:23 PositMultiplier.scala 63:17]
  assign decM_scale = $signed(_GEN_1); // @[PositMultiplier.scala 60:23 PositMultiplier.scala 63:17]
  assign _T_295 = decM_scale[0]; // @[convert.scala 46:61]
  assign _T_296 = ~ _T_295; // @[convert.scala 46:52]
  assign _T_298 = decM_sign ? _T_296 : _T_295; // @[convert.scala 46:42]
  assign _T_299 = decM_scale[5:1]; // @[convert.scala 48:34]
  assign _T_300 = _T_299[4:4]; // @[convert.scala 49:36]
  assign _T_302 = ~ _T_299; // @[convert.scala 50:36]
  assign _T_303 = $signed(_T_302); // @[convert.scala 50:36]
  assign _T_304 = _T_300 ? $signed(_T_303) : $signed(_T_299); // @[convert.scala 50:28]
  assign _T_305 = _T_300 ^ decM_sign; // @[convert.scala 51:31]
  assign _T_306 = ~ _T_305; // @[convert.scala 52:43]
  assign _T_310 = {_T_306,_T_305,_T_298,decM_fraction,_T_290,_T_292}; // @[Cat.scala 29:58]
  assign _T_311 = $unsigned(_T_304); // @[Shift.scala 39:17]
  assign _T_312 = _T_311 < 5'he; // @[Shift.scala 39:24]
  assign _T_313 = _T_304[3:0]; // @[Shift.scala 40:44]
  assign _T_314 = _T_310[13:8]; // @[Shift.scala 90:30]
  assign _T_315 = _T_310[7:0]; // @[Shift.scala 90:48]
  assign _T_316 = _T_315 != 8'h0; // @[Shift.scala 90:57]
  assign _GEN_2 = {{5'd0}, _T_316}; // @[Shift.scala 90:39]
  assign _T_317 = _T_314 | _GEN_2; // @[Shift.scala 90:39]
  assign _T_318 = _T_313[3]; // @[Shift.scala 12:21]
  assign _T_319 = _T_310[13]; // @[Shift.scala 12:21]
  assign _T_321 = _T_319 ? 8'hff : 8'h0; // @[Bitwise.scala 71:12]
  assign _T_322 = {_T_321,_T_317}; // @[Cat.scala 29:58]
  assign _T_323 = _T_318 ? _T_322 : _T_310; // @[Shift.scala 91:22]
  assign _T_324 = _T_313[2:0]; // @[Shift.scala 92:77]
  assign _T_325 = _T_323[13:4]; // @[Shift.scala 90:30]
  assign _T_326 = _T_323[3:0]; // @[Shift.scala 90:48]
  assign _T_327 = _T_326 != 4'h0; // @[Shift.scala 90:57]
  assign _GEN_3 = {{9'd0}, _T_327}; // @[Shift.scala 90:39]
  assign _T_328 = _T_325 | _GEN_3; // @[Shift.scala 90:39]
  assign _T_329 = _T_324[2]; // @[Shift.scala 12:21]
  assign _T_330 = _T_323[13]; // @[Shift.scala 12:21]
  assign _T_332 = _T_330 ? 4'hf : 4'h0; // @[Bitwise.scala 71:12]
  assign _T_333 = {_T_332,_T_328}; // @[Cat.scala 29:58]
  assign _T_334 = _T_329 ? _T_333 : _T_323; // @[Shift.scala 91:22]
  assign _T_335 = _T_324[1:0]; // @[Shift.scala 92:77]
  assign _T_336 = _T_334[13:2]; // @[Shift.scala 90:30]
  assign _T_337 = _T_334[1:0]; // @[Shift.scala 90:48]
  assign _T_338 = _T_337 != 2'h0; // @[Shift.scala 90:57]
  assign _GEN_4 = {{11'd0}, _T_338}; // @[Shift.scala 90:39]
  assign _T_339 = _T_336 | _GEN_4; // @[Shift.scala 90:39]
  assign _T_340 = _T_335[1]; // @[Shift.scala 12:21]
  assign _T_341 = _T_334[13]; // @[Shift.scala 12:21]
  assign _T_343 = _T_341 ? 2'h3 : 2'h0; // @[Bitwise.scala 71:12]
  assign _T_344 = {_T_343,_T_339}; // @[Cat.scala 29:58]
  assign _T_345 = _T_340 ? _T_344 : _T_334; // @[Shift.scala 91:22]
  assign _T_346 = _T_335[0:0]; // @[Shift.scala 92:77]
  assign _T_347 = _T_345[13:1]; // @[Shift.scala 90:30]
  assign _T_348 = _T_345[0:0]; // @[Shift.scala 90:48]
  assign _GEN_5 = {{12'd0}, _T_348}; // @[Shift.scala 90:39]
  assign _T_350 = _T_347 | _GEN_5; // @[Shift.scala 90:39]
  assign _T_352 = _T_345[13]; // @[Shift.scala 12:21]
  assign _T_353 = {_T_352,_T_350}; // @[Cat.scala 29:58]
  assign _T_354 = _T_346 ? _T_353 : _T_345; // @[Shift.scala 91:22]
  assign _T_357 = _T_319 ? 14'h3fff : 14'h0; // @[Bitwise.scala 71:12]
  assign _T_358 = _T_312 ? _T_354 : _T_357; // @[Shift.scala 39:10]
  assign _T_359 = _T_358[3]; // @[convert.scala 55:31]
  assign _T_360 = _T_358[2]; // @[convert.scala 56:31]
  assign _T_361 = _T_358[1]; // @[convert.scala 57:31]
  assign _T_362 = _T_358[0]; // @[convert.scala 58:31]
  assign _T_363 = _T_358[13:3]; // @[convert.scala 59:69]
  assign _T_364 = _T_363 != 11'h0; // @[convert.scala 59:81]
  assign _T_365 = ~ _T_364; // @[convert.scala 59:50]
  assign _T_367 = _T_363 == 11'h7ff; // @[convert.scala 60:81]
  assign _T_368 = _T_359 | _T_361; // @[convert.scala 61:44]
  assign _T_369 = _T_368 | _T_362; // @[convert.scala 61:52]
  assign _T_370 = _T_360 & _T_369; // @[convert.scala 61:36]
  assign _T_371 = ~ _T_367; // @[convert.scala 62:63]
  assign _T_372 = _T_371 & _T_370; // @[convert.scala 62:103]
  assign _T_373 = _T_365 | _T_372; // @[convert.scala 62:60]
  assign _GEN_6 = {{10'd0}, _T_373}; // @[convert.scala 63:56]
  assign _T_376 = _T_363 + _GEN_6; // @[convert.scala 63:56]
  assign _T_377 = {decM_sign,_T_376}; // @[Cat.scala 29:58]
  assign _T_379 = decM_isZero ? 12'h0 : _T_377; // @[Mux.scala 87:16]
  assign io_M = decM_isNaR ? 12'h800 : _T_379; // @[PositMultiplier.scala 86:8]
endmodule